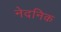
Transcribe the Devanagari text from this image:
नेदनिक